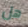
هل